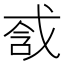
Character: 𢧆